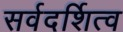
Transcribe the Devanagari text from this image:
सर्वदर्शित्व